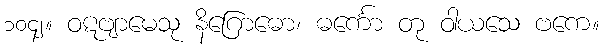
၁၀၄၂။ ဝဋဗျာမေသု နိဂြောဓော၊ ဓင်္ကော တု ဝါယသေ ဗကေ။